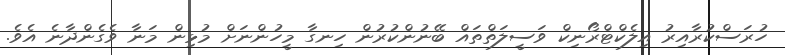
ހުރަސްކުރާއިރު އިލެކްޓްރޯނިކް ވަސީލަތްތައް ބޭނުންކުރުން ހިނގާ މީހުންނަށް މުޅިން މަނާ ވެގެންދާނެ އެވެ.